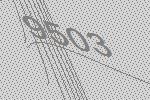
9503